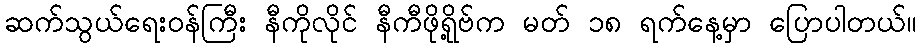
ဆက်သွယ်ရေးဝန်ကြီး နီကိုလိုင် နီကီဖိုရို့ဗ်က မတ် ၁၈ ရက်နေ့မှာ ပြောပါတယ်။